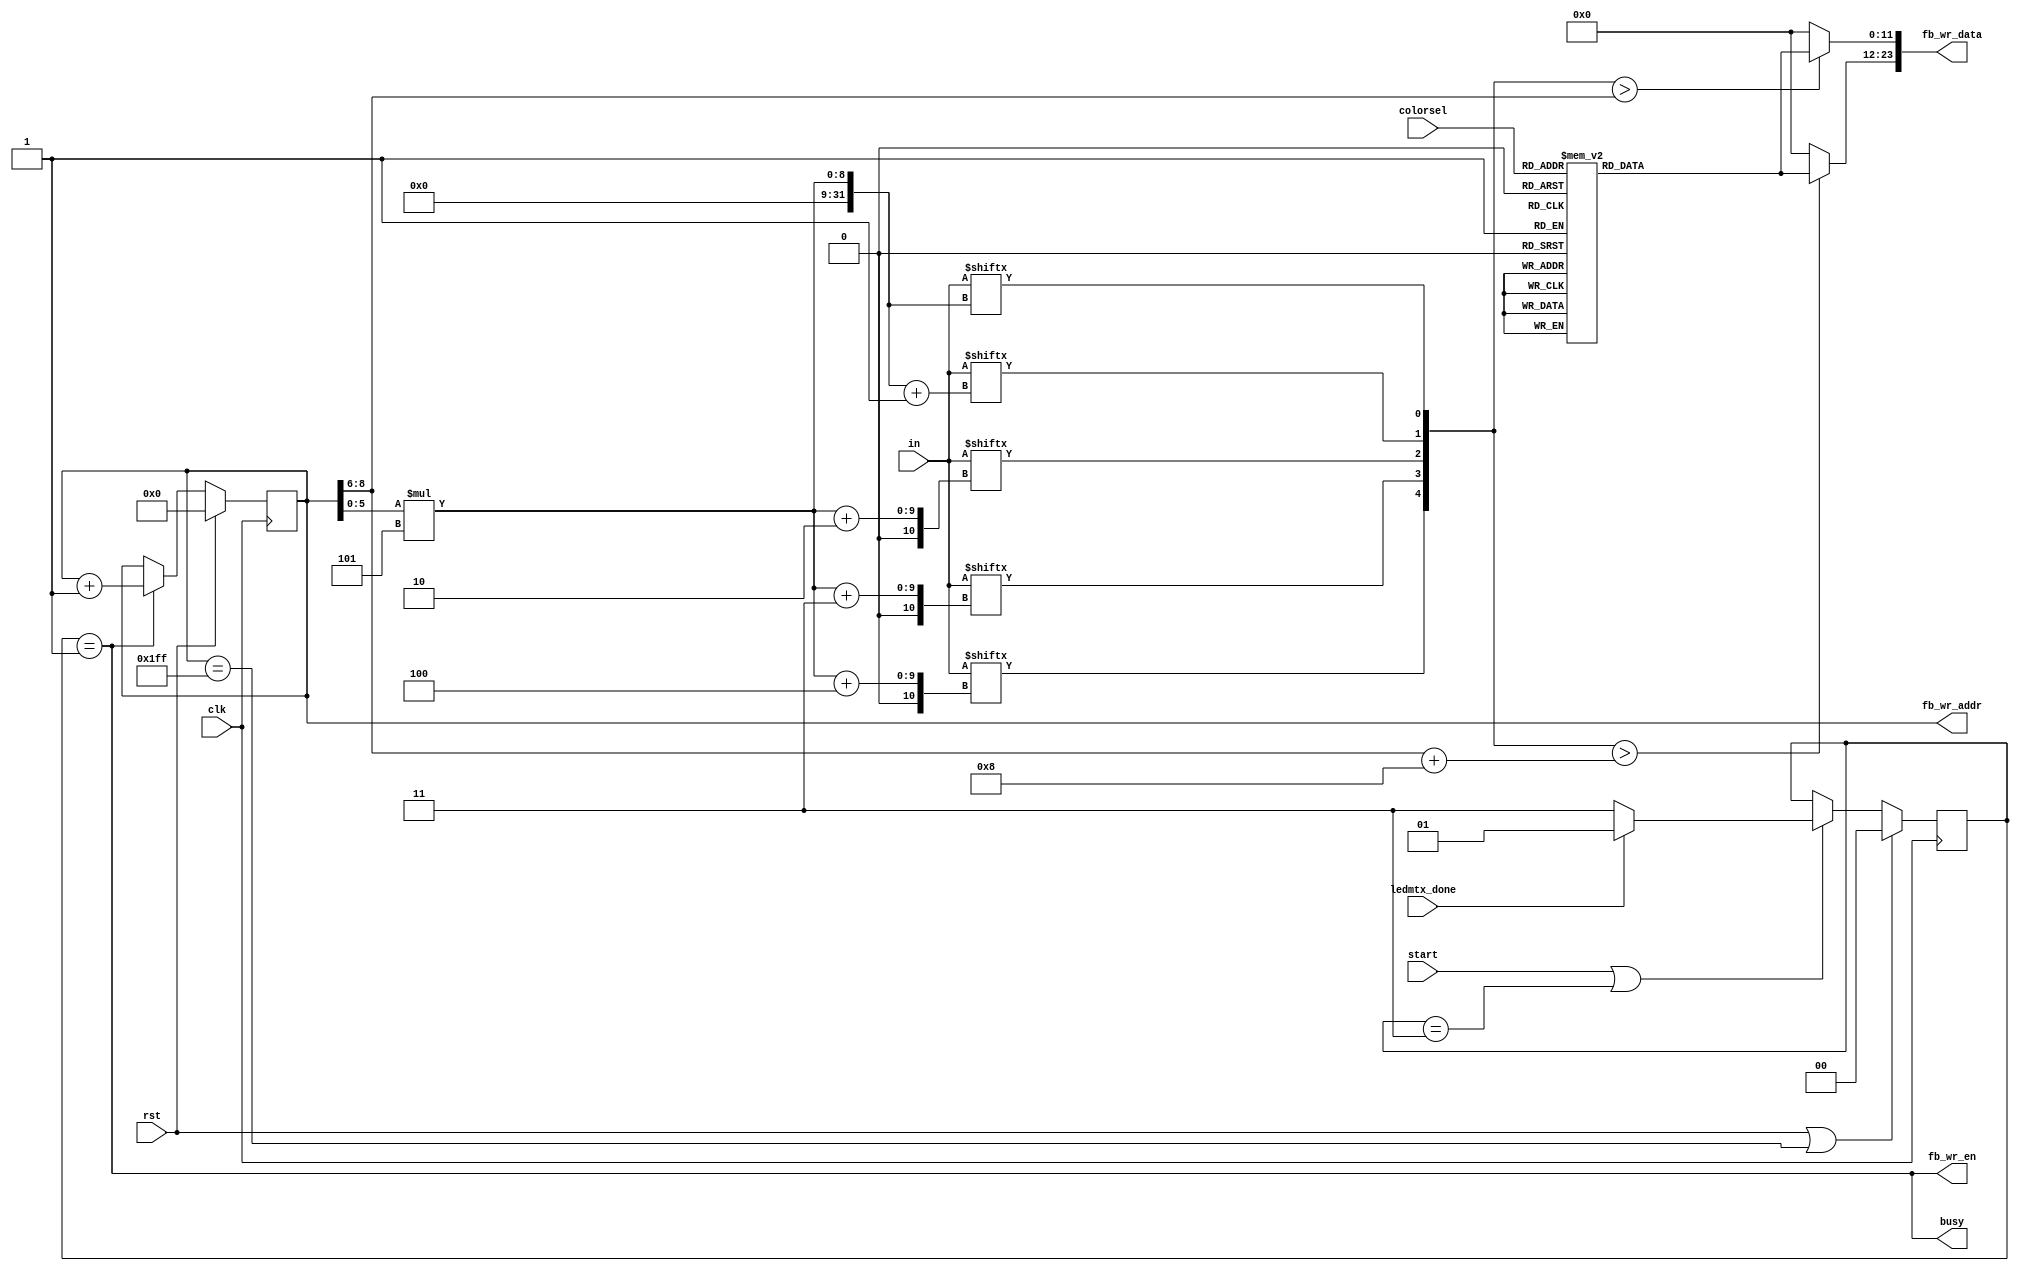
/*****************************************************************************/
/*                                                                           */
/* Az FFT egyutthatoknak megfelelo mintaval tolti fel a frame buffert.       */
/*                                                                           */
/*   - az 5 bites (0-16 ertektartomanyu) egyutthatok az in vektorban vannak  */
/*     folytonosan tarolva (mert Verilog modul bemenete nem lehet tomb)      */
/*   - a vektor elso eleme az utolso egyutthato                              */
/*   - a colorsel bemenettel szinsemat lehet valasztani                      */
/*                                                                           */
/*****************************************************************************/

`timescale 1ns / 1ps

module patterngenerator(
	input clk,                  //rendszerorajel
	input rst,                  //reset
	input start,                //beiras inditasa
	input ledmtx_done,          //a LED matrix kirajzolta a frame buffert 
	input[2:0] colorsel,        //szinvalaszto
	input[319:0] in,            //64x5 bitbemenet
	output fb_wr_en,            //frame buffer iras engedelyezes
	output reg[8:0] fb_wr_addr, //frame buffer irasi cim
	output[23:0] fb_wr_data,    //frame buffer irasi adat
	output busy                 //beiras folyamatban
);

	/* szinvalaszto multiplexer */
	reg[11:0] color;
	always@(colorsel)
	begin
		case(colorsel)
			3'b000: color<=12'h500; //kek
			3'b001: color<=12'h005; //piros
			3'b010: color<=12'h050; //zold
			3'b011: color<=12'h505; //lila
			3'b100: color<=12'h550; //turkiz
			3'b101: color<=12'h055; //sarga
			3'b110: color<=12'h025; //narancs
			3'b111: color<=12'h555; //feher
		endcase
	end

	/* statuszregiszter */
	parameter IDLE=2'b00;
	parameter BUSY=2'b01;
	parameter PENDING=2'b11;
	reg[1:0] state;
	always@(posedge clk)
		if(rst|(fb_wr_addr==9'b111111111))
			state<=IDLE;
		else if(start|(state==PENDING))
			if(ledmtx_done)
				state<=BUSY;
			else
				state<=PENDING;
	
	assign busy=(state==BUSY);

	/* cim */
	always@(posedge clk)
		if(rst)
			fb_wr_addr<=0;
		else if(busy)
			fb_wr_addr<=fb_wr_addr+1'b1;
	
	/* adat */
	assign fb_wr_data[11:0]=({in[fb_wr_addr[5:0]*5+4],in[fb_wr_addr[5:0]*5+3],in[fb_wr_addr[5:0]*5+2],
	                          in[fb_wr_addr[5:0]*5+1],in[fb_wr_addr[5:0]*5]}>fb_wr_addr[8:6])?(color):(12'd0); //also sor
	assign fb_wr_data[23:12]=({in[fb_wr_addr[5:0]*5+4],in[fb_wr_addr[5:0]*5+3],in[fb_wr_addr[5:0]*5+2],
	                           in[fb_wr_addr[5:0]*5+1],in[fb_wr_addr[5:0]*5]}>fb_wr_addr[8:6]+8)?(color):(12'd0); //felso sor

	/* beiro jel */
	assign fb_wr_en=busy;

endmodule